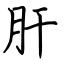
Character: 肝